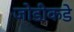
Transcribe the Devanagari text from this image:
जोडीकडे